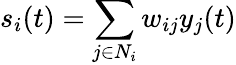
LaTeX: s_{i}(t)=\sum_{j\in N_{i}}w_{ij}y_{j}(t)